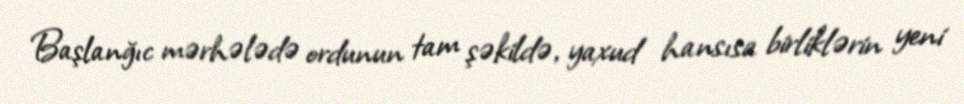
Başlanğıc mərhələdə ordunun tam şəkildə, yaxud hansısa birliklərin yeni